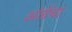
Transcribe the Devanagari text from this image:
आंग्रेंचा